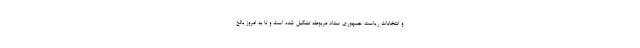
و انتخابات ریاست جمهوری ستاد مربوطه تشکیل شده است و تا به امروز بالغ